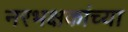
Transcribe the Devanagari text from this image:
नरभक्षकांच्या